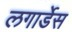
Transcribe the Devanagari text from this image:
लगार्डेस